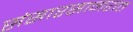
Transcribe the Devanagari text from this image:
संसारसागरात